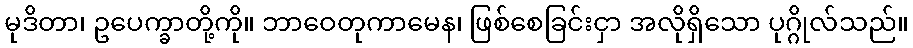
မုဒိတာ၊ ဥပေက္ခာတို့ကို။ ဘာဝေတုကာမေန၊ ဖြစ်စေခြင်းငှာ အလိုရှိသော ပုဂ္ဂိုလ်သည်။